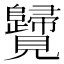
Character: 𧢦